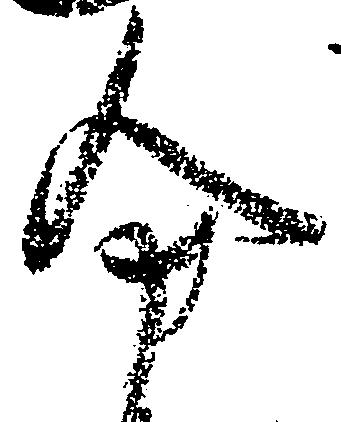
分